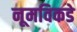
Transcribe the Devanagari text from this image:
नूमविकडे